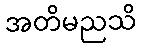
အတိမညသိ